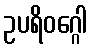
ဥပရိဝဂ္ဂေါ